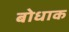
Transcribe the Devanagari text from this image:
बोधाक